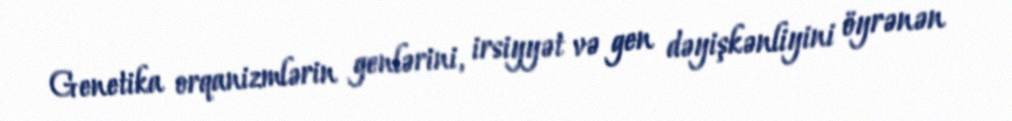
Genetika orqanizmlərin genlərini, irsiyyət və gen dəyişkənliyini öyrənən